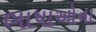
ભાષાઓના